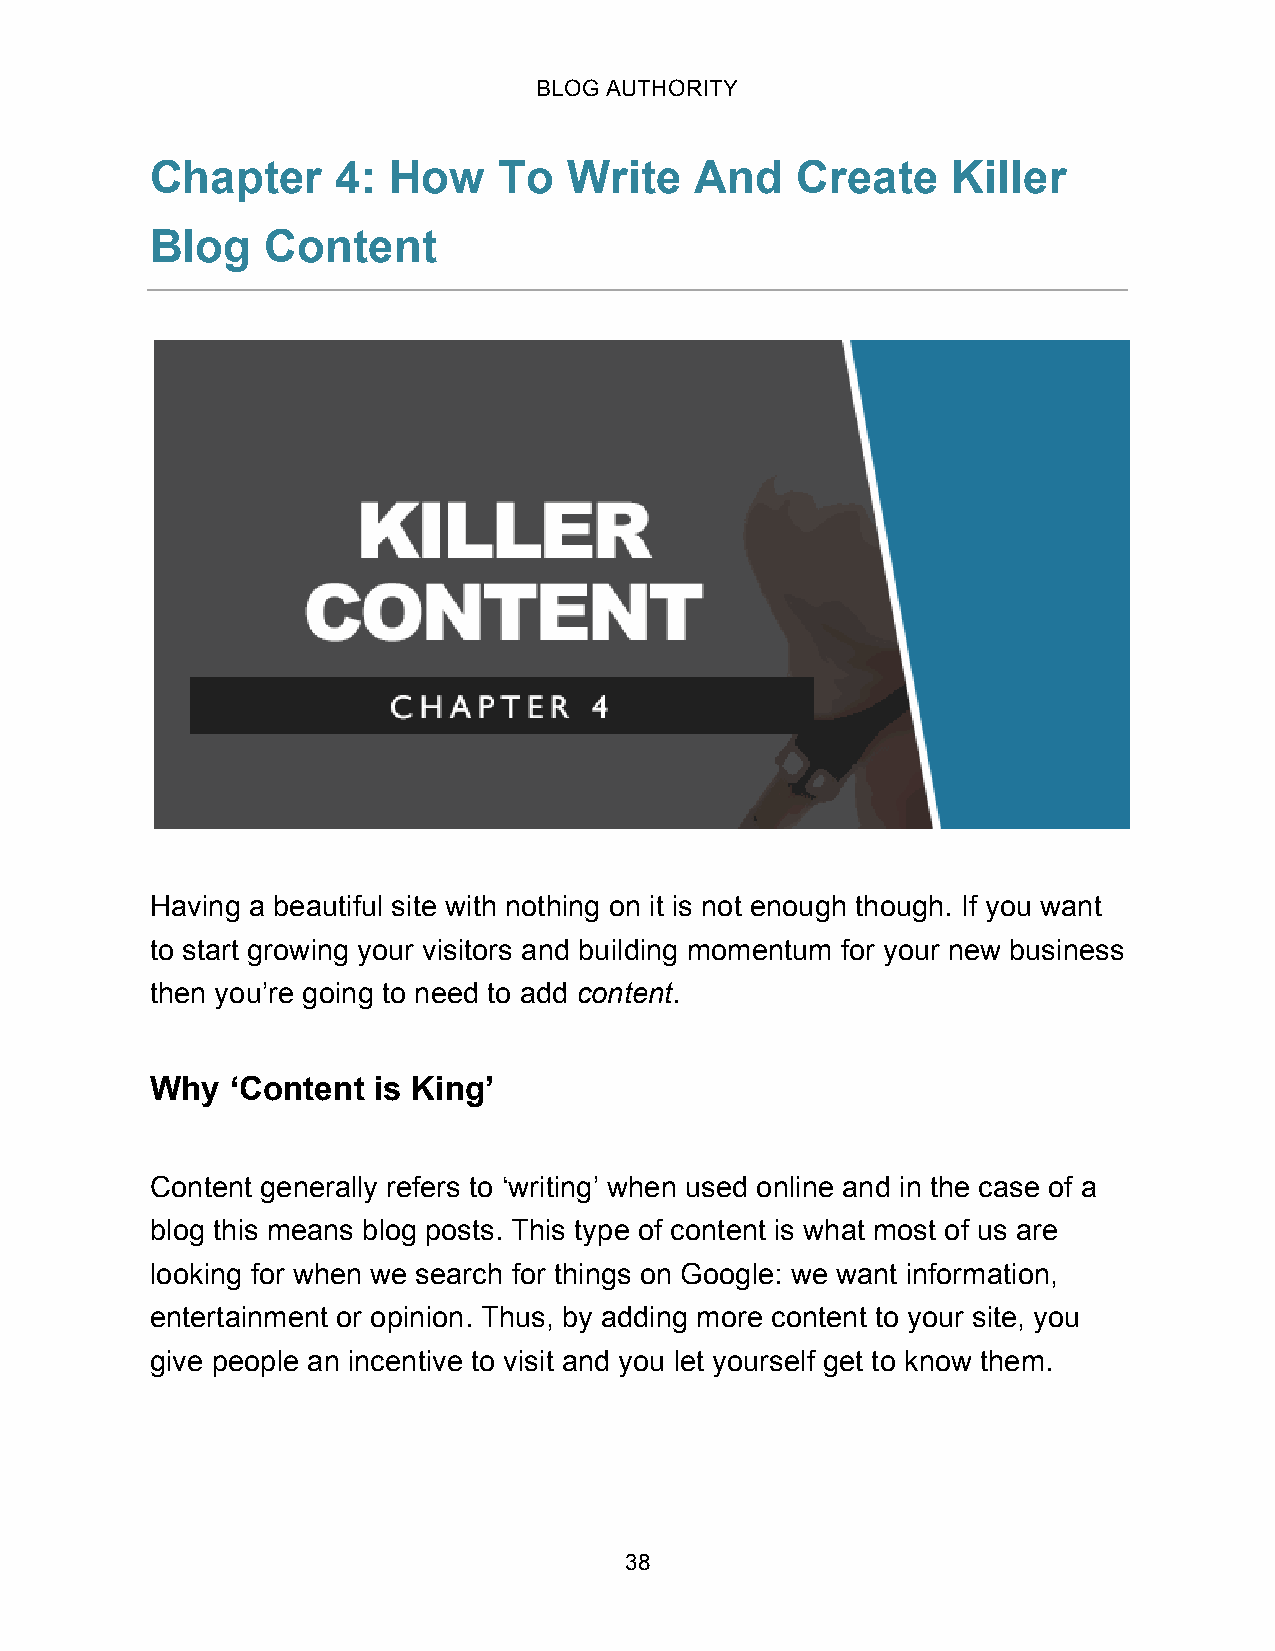
BLOG AUTHORITY
 Chapter     4:  How    To   Write   And    Create    Killer
 Blog    Content
 Having a beautiful site with nothing on it is not enough though. If you want
 to start growing your visitors and building momentum for your new business
 then you’re going to need to add content.
 Why  ‘Content  is King’
 Content generally refers to ‘writing’ when used online and in the case of a
 blog this means blog posts. This type of content is what most of us are
 looking for when we search for things on Google: we want information,
 entertainment or opinion. Thus, by adding more content to your site, you
 give people an incentive to visit and you let yourself get to know them.
 38